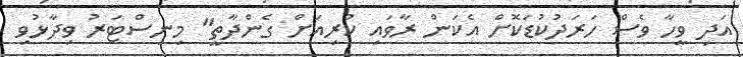
އަދި ވީހާ ވެސް ހަރަދުކުޑަކޮށް އެކަން ރާވައި ކުރިއަށް ގެންދާތީ" މިނިސްޓަރު ވިދާޅުވި